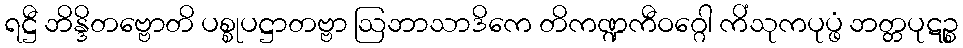
ရဋ္ဌီ ဘိန္ဒိတဗ္ဗောတိ ပစ္စုပဋ္ဌာတဗ္ဗာ ဩဘာသာဒိကေ တိကဏ္ဍကီဝဂ္ဂေါ ကိံသုကပုပ္ဖံ ဘတ္တပုဋဉ္စ